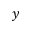
y